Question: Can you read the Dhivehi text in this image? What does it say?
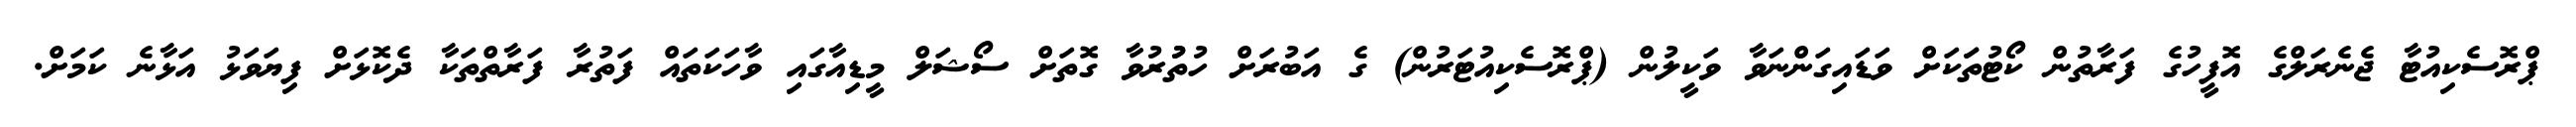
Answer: ޕްރޮސެކިއުޓާ ޖެނެރަލްގެ އޮފީހުގެ ފަރާތުން ކޯޓުތަަކަށް ވަޑައިގަންނަވާ ވަކީލުން (ޕްރޮސެކިއުޓަރުން) ގެ އަބުރަށް ހުތުުރުވާ ގޮތަށް ސޯޝަލް މީޑިއާގައި ވާހަކަތައް ފަތުރާ ފަރާތްތަކާ ދެކޮޅަށް ފިޔަވަޅު އަޅާނެ ކަމަށް.